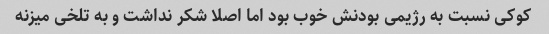
کوکی نسبت به رژیمی بودنش خوب بود اما اصلا شکر نداشت و به تلخی میزنه